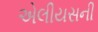
એલીયસની